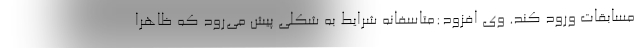
مسابقات ورود کند. وی افزود:متاسفانه شرایط به شکلی پیش می‌رود که ظاهرا